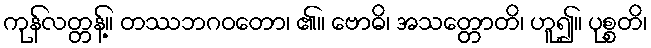
ကုန်လတ္တန့်။ တဿဘဂဝတော၊ ၏။ ဗောဓိ၊ အသတ္တောတိ၊ ဟူ၍။ ပုစ္စတိ၊